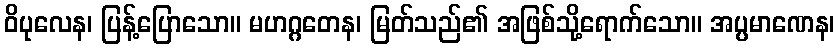
ဝိပုလေန၊ ပြန့်ပြောသော။ မဟဂ္ဂတေန၊ မြတ်သည်၏ အဖြစ်သို့ရောက်သော။ အပ္ပမာဏေန၊